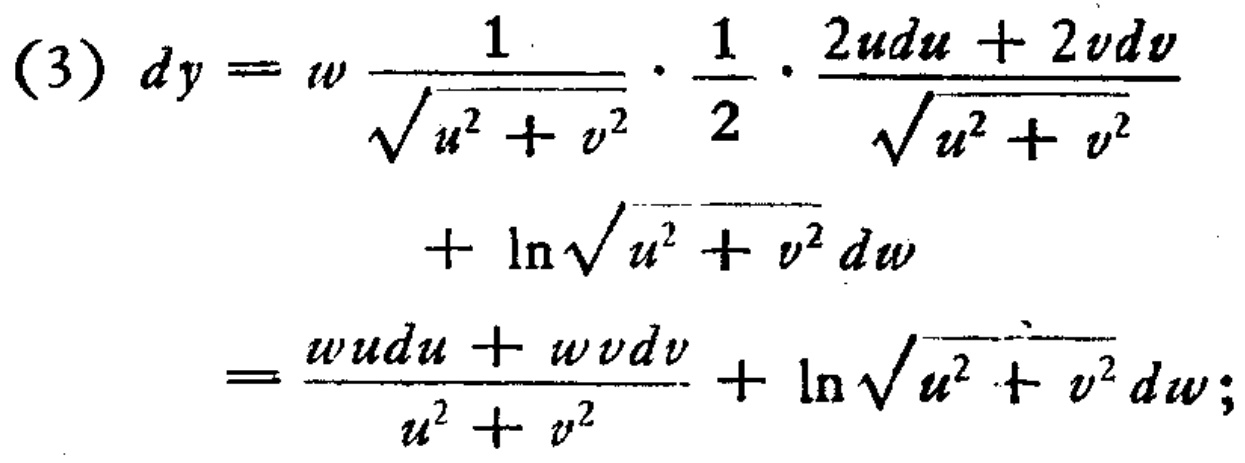
\begin{align*}
(3)\ dy&=w\frac{1}{\sqrt{u^{2}+v^{2}}}\cdot\frac{1}{2}\cdot\frac{2udu + 2vdv}{\sqrt{u^{2}+v^{2}}}\\
&+\ln\sqrt{u^{2}+v^{2}}dw\\
&=\frac{wudu + wvdv}{u^{2}+v^{2}}+\ln\sqrt{u^{2}+v^{2}}dw;
\end{align*}